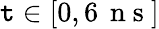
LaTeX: \mathtt{t}\in[0,6\, \mathrm{{~n~s~}}]